Elephants and their diseases
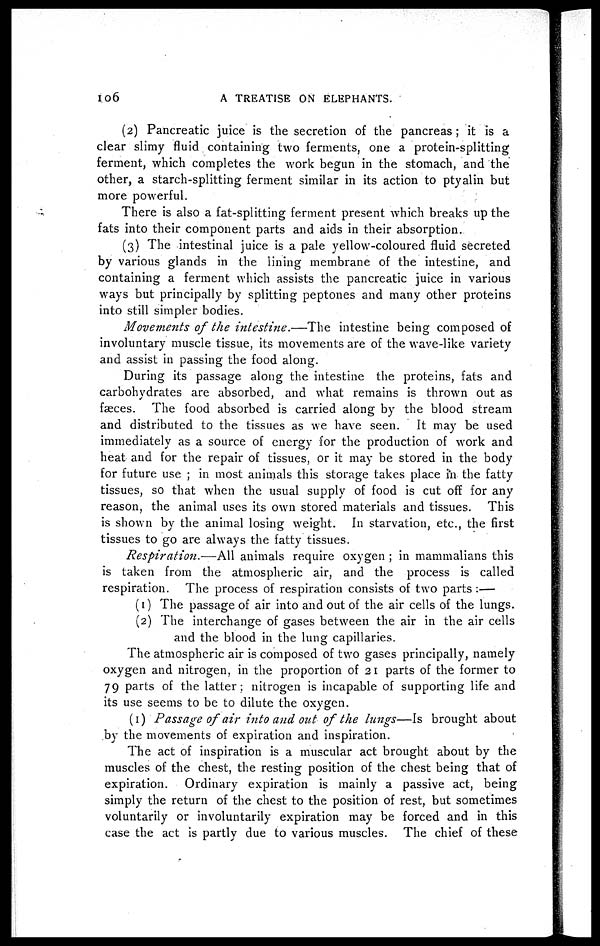
I06
A TREATISE ON ELEPHANTS.
(2) Pancreatic juice is the secretion of the pancreas ; it is a
clear slimy fluid containing two ferments, one a protein-splitting
ferment, which completes the work begun in the stomach, and the
other, a starch-splitting ferment similar in its action to ptyalin but
more powerful.
There is also a fat-splitting ferment present which breaks up the
fats into their component parts and aids in their absorption.
(3) The intestinal juice is a pale yellow-coloured fluid secreted
by various glands in the lining membrane of the intestine, and
containing a ferment which assists the pancreatic juice in various
ways but principally by splitting peptones and many other proteins
into still simpler bodies.
Movements of the intestine.—The
intestine being composed of
involuntary muscle tissue, its movements are of the wave-like variety
and assist in passing the food along.
During its passage along the intestine the proteins, fats and
carbohydrates are absorbed, and what remains is thrown out as
fæces. The food absorbed is carried along by the blood stream
and distributed to the tissues as we have seen. It may be used
immediately as a source of energy for the production of work and
heat and for the repair of tissues, or it may be stored in the body
for future use ; in most animals this storage takes place in the fatty
tissues, so that when the usual supply of food is cut off for any
reason, the animal uses its own stored materials and tissues. This
is shown by the animal losing weight. In starvation, etc., the first
tissues to go are always the fatty tissues.
Respiration.—All
animals require oxygen ; in mammalians this
is taken from the atmospheric air, and the process is called
respiration. The process of respiration consists of two parts :—
(1) The passage of air into and out of the air cells of the lungs.
(2) The interchange of gases between the air in the air cells
and the blood in the lung capillaries.
The atmospheric air is composed of two gases principally, namely
oxygen and nitrogen, in the proportion of 21 parts of the former to
79 parts of the latter: nitrogen is incapable of supporting life and
its use seems to be to dilute the oxygen.
(1) Passage of air into and out of the lungs—Is brought about
by the movements of expiration and inspiration.
The act of inspiration is a muscular act brought about by the
muscles of the chest, the resting position of the chest being that of
expiration. Ordinary expiration is mainly a passive act, being
simply the return of the chest to the position of rest, but sometimes
voluntarily or involuntarily expiration may be forced and in this
case the act is partly due to various muscles. The chief of these